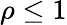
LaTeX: \rho\le 1